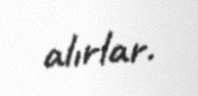
alırlar.